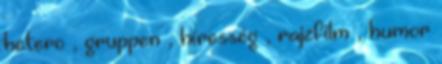
hetero , gruppen , híresség , rajzfilm , humor